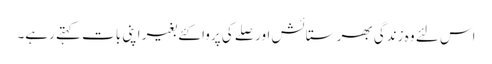
اس لئے وہ زندگی بھر ستائش اور صلے کی پروا کئے بغیر اپنی بات کہتے رہے۔